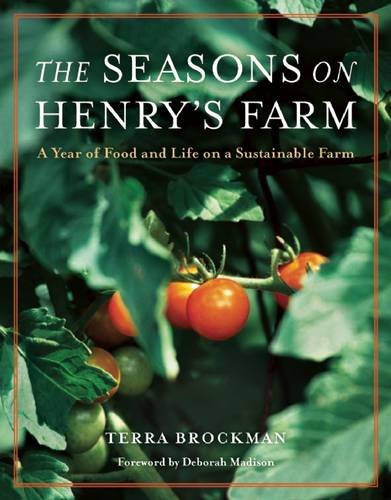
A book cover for The Seasons on Henry's Farm: A Year of Food and Life on a Sustainable Farm; Terra Brockman; Cookbooks, Food & Wine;